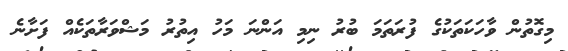
މިގޮތުން ވާހަކަތަކުގެ ފުރަތަމަ ބުރު ނިމި އަންނަ މަހު އިތުރު މަޝްވަރާތަކެއް ފަށާނެ